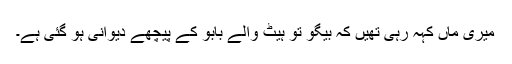
میری ماں کہہ رہی تھیں کہ بیگو تو ہیٹ والے بابو کے پیچھے دیوانی ہو گئی ہے۔